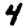
Digit: 4